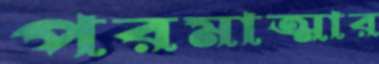
পরমাত্মার